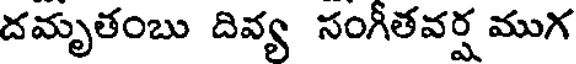
దమృతంబు దివ్య సంగీతవర్ష ముగ